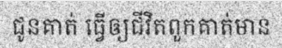
ជូនគាត់ ធ្វើឲ្យជីវិតពួកគាត់មាន